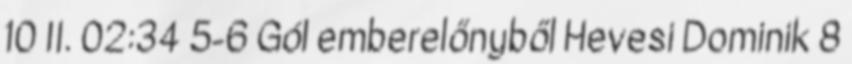
10 II. 02:34 5-6 Gól emberelőnyből Hevesi Dominik 8